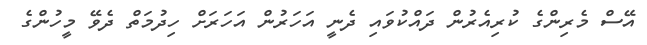
އޭސް މެރިންގެ ކުރިއެރުން ދައްކުވައި ދެނީ އަހަރުން އަހަރަށް ހިދުމަތް ދެވޭ މީހުންގެ